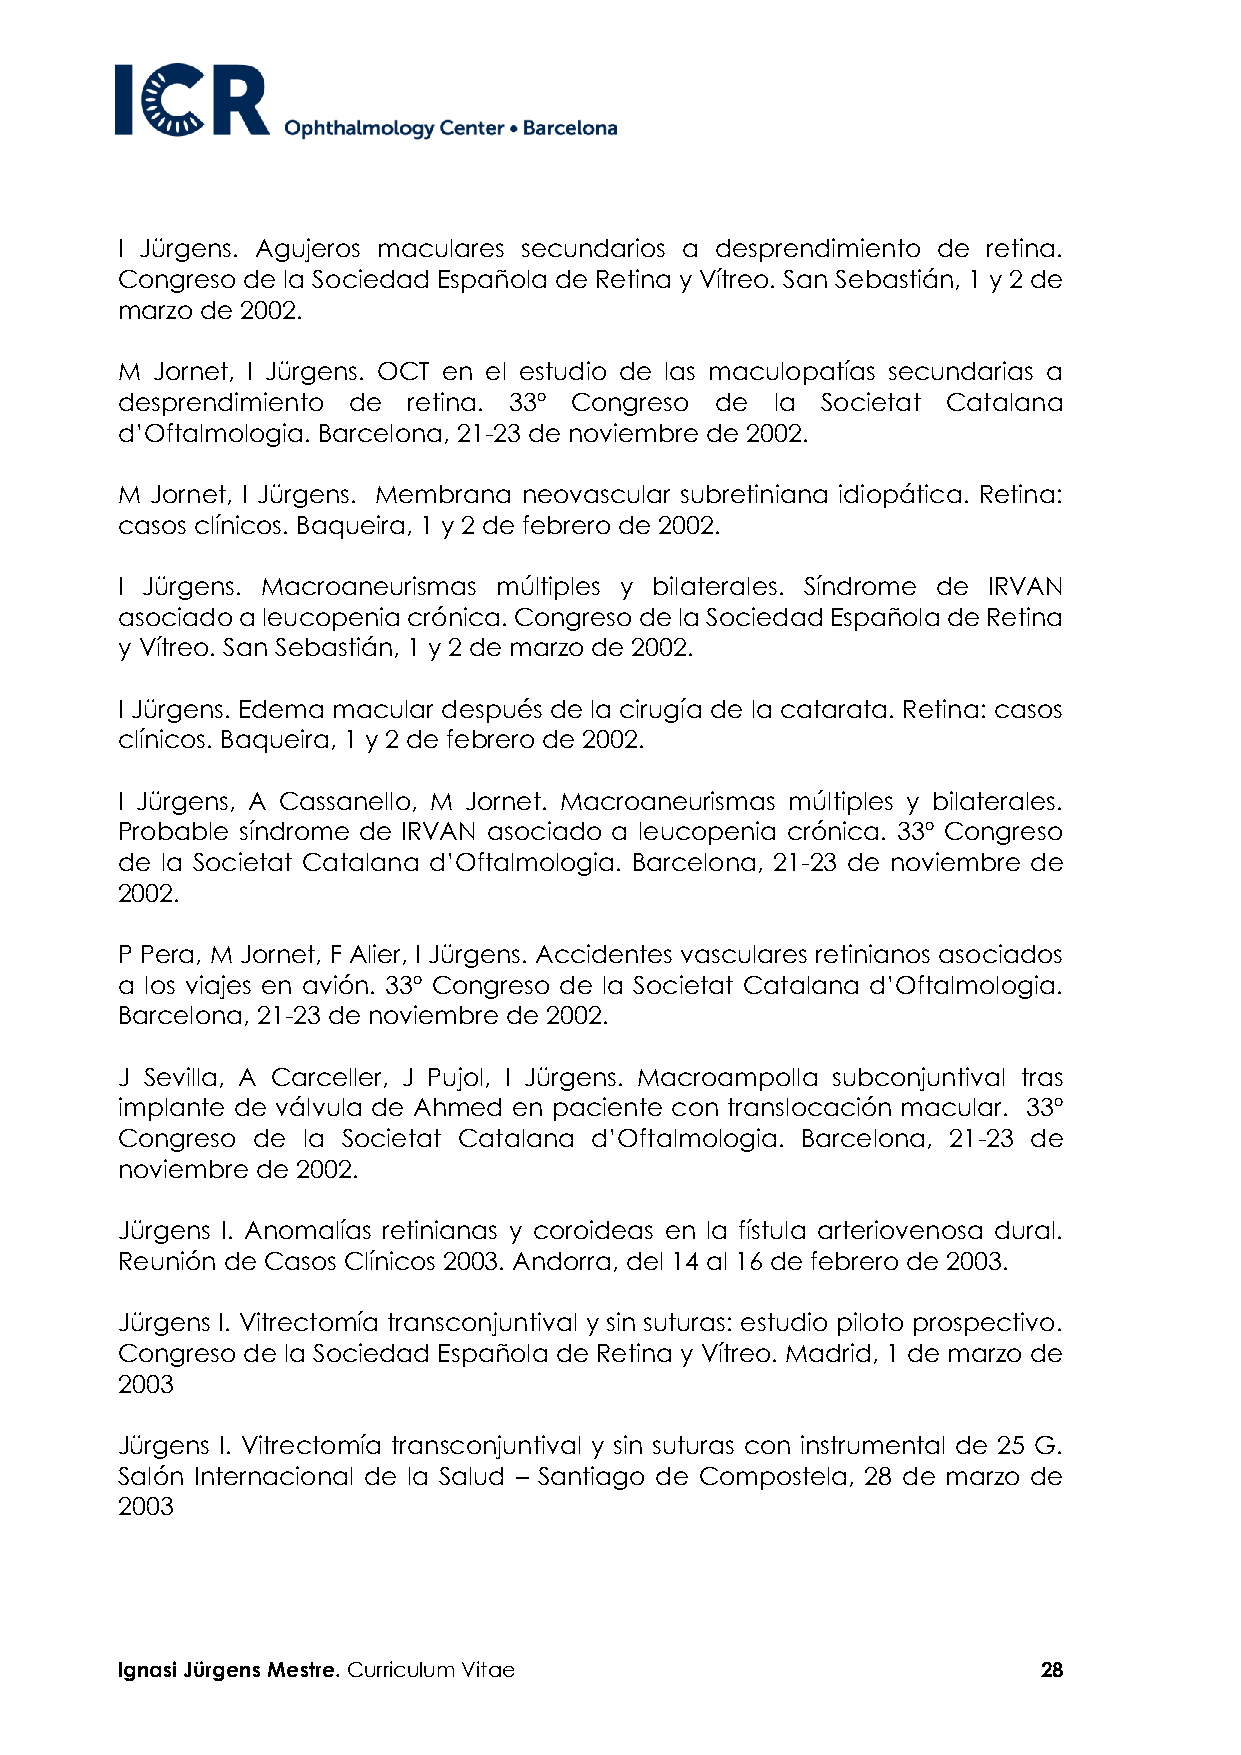
I Jürgens. Agujeros maculares secundarios a desprendimiento de retina.
 Congreso de la Sociedad Española de Retina y Vítreo. San Sebastián, 1 y 2 de
 marzo de 2002.
 M Jornet, I Jürgens. OCT en el estudio de las maculopatías secundarias a
 desprendimiento de retina. 33º Congreso de la Societat Catalana
 d’Oftalmologia. Barcelona, 21-23 de noviembre de 2002.
 M Jornet, I Jürgens. Membrana neovascular subretiniana idiopática. Retina:
 casos clínicos. Baqueira, 1 y 2 de febrero de 2002.
 I Jürgens. Macroaneurismas múltiples y bilaterales. Síndrome de IRVAN
 asociado a leucopenia crónica. Congreso de la Sociedad Española de Retina
 y Vítreo. San Sebastián, 1 y 2 de marzo de 2002.
 I Jürgens. Edema macular después de la cirugía de la catarata. Retina: casos
 clínicos. Baqueira, 1 y 2 de febrero de 2002.
 I Jürgens, A Cassanello, M Jornet. Macroaneurismas múltiples y bilaterales.
 Probable síndrome de IRVAN asociado a leucopenia crónica. 33º Congreso
 de la Societat Catalana d’Oftalmologia. Barcelona, 21-23 de noviembre de
 2002.
 P Pera, M Jornet, F Alier, I Jürgens. Accidentes vasculares retinianos asociados
 a los viajes en avión. 33º Congreso de la Societat Catalana d’Oftalmologia.
 Barcelona, 21-23 de noviembre de 2002.
 J Sevilla, A Carceller, J Pujol, I Jürgens. Macroampolla subconjuntival tras
 implante de válvula de Ahmed en paciente con translocación macular. 33º
 Congreso de la Societat Catalana d’Oftalmologia. Barcelona, 21-23 de
 noviembre de 2002.
 Jürgens I. Anomalías retinianas y coroideas en la fístula arteriovenosa dural.
 Reunión de Casos Clínicos 2003. Andorra, del 14 al 16 de febrero de 2003.
 Jürgens I. Vitrectomía transconjuntival y sin suturas: estudio piloto prospectivo.
 Congreso de la Sociedad Española de Retina y Vítreo. Madrid, 1 de marzo de
 2003
 Jürgens I. Vitrectomía transconjuntival y sin suturas con instrumental de 25 G.
 Salón Internacional de la Salud – Santiago de Compostela, 28 de marzo de
 2003
 Ignasi Jürgens Mestre. Curriculum Vitae                      28